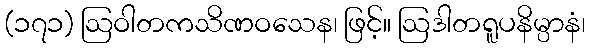
(၁၇၁) ဩဝါတကသိဏဝသေန၊ ဖြင့်။ ဩဒါတရူပနိမ္ပာနံ၊